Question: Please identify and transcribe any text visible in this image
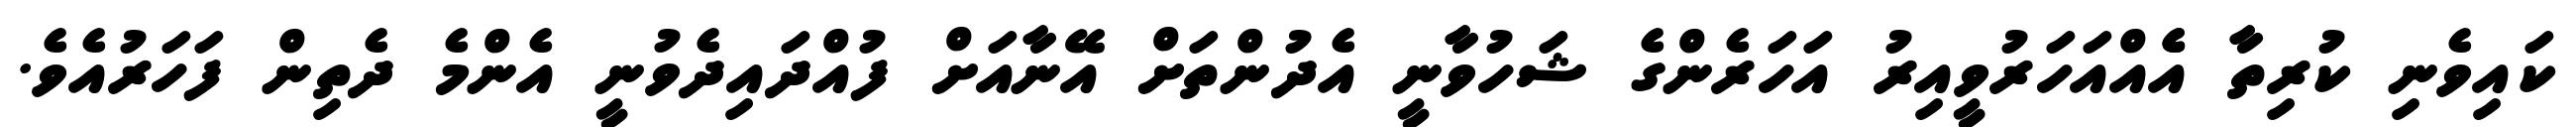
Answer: ކައިވެނި ކުރިތާ އެެއްއަހަރުވީއިރު އަހަރެންގެ ޝަހުވާނީ އެދުންތަށް އޭނާއަށް ފުއްދައިދެވުނީ އެންމެ ދެތިން ފަހަރުއެވެ.